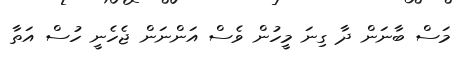
މަސް ބާނަން ދާ ގިނަ މީހުން ވެސް އަންނަން ޖެހެނީ ހުސް އަތާ